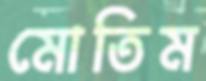
মোতিম